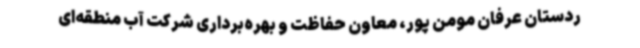
ردستان عرفان مومن پور، معاون حفاظت و بهره‌برداری شرکت آب منطقه‌ای